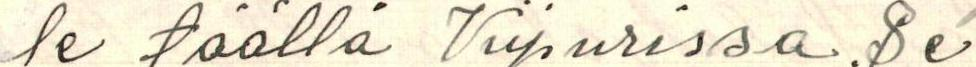
le täällä Viipurissa. Se